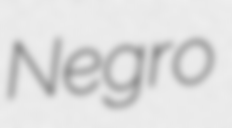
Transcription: Negro